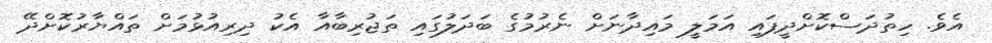
އެވެ. ހިތުދަސްކޮށްދީފައި އަމަލީ މައިދާނަށް ނެރުމުގެ ބަދަލުގައި ތަޖުރިބާއާ އެކު ދިރިއުޅުމަށް ތައްޔާރުކޮށްދޭ